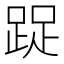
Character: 踀